DOW-UAP-D49, Launch Summary, Vandenberg AFB, 2000
Agency: Department of War
Incident date: 2/3/00
Page 29
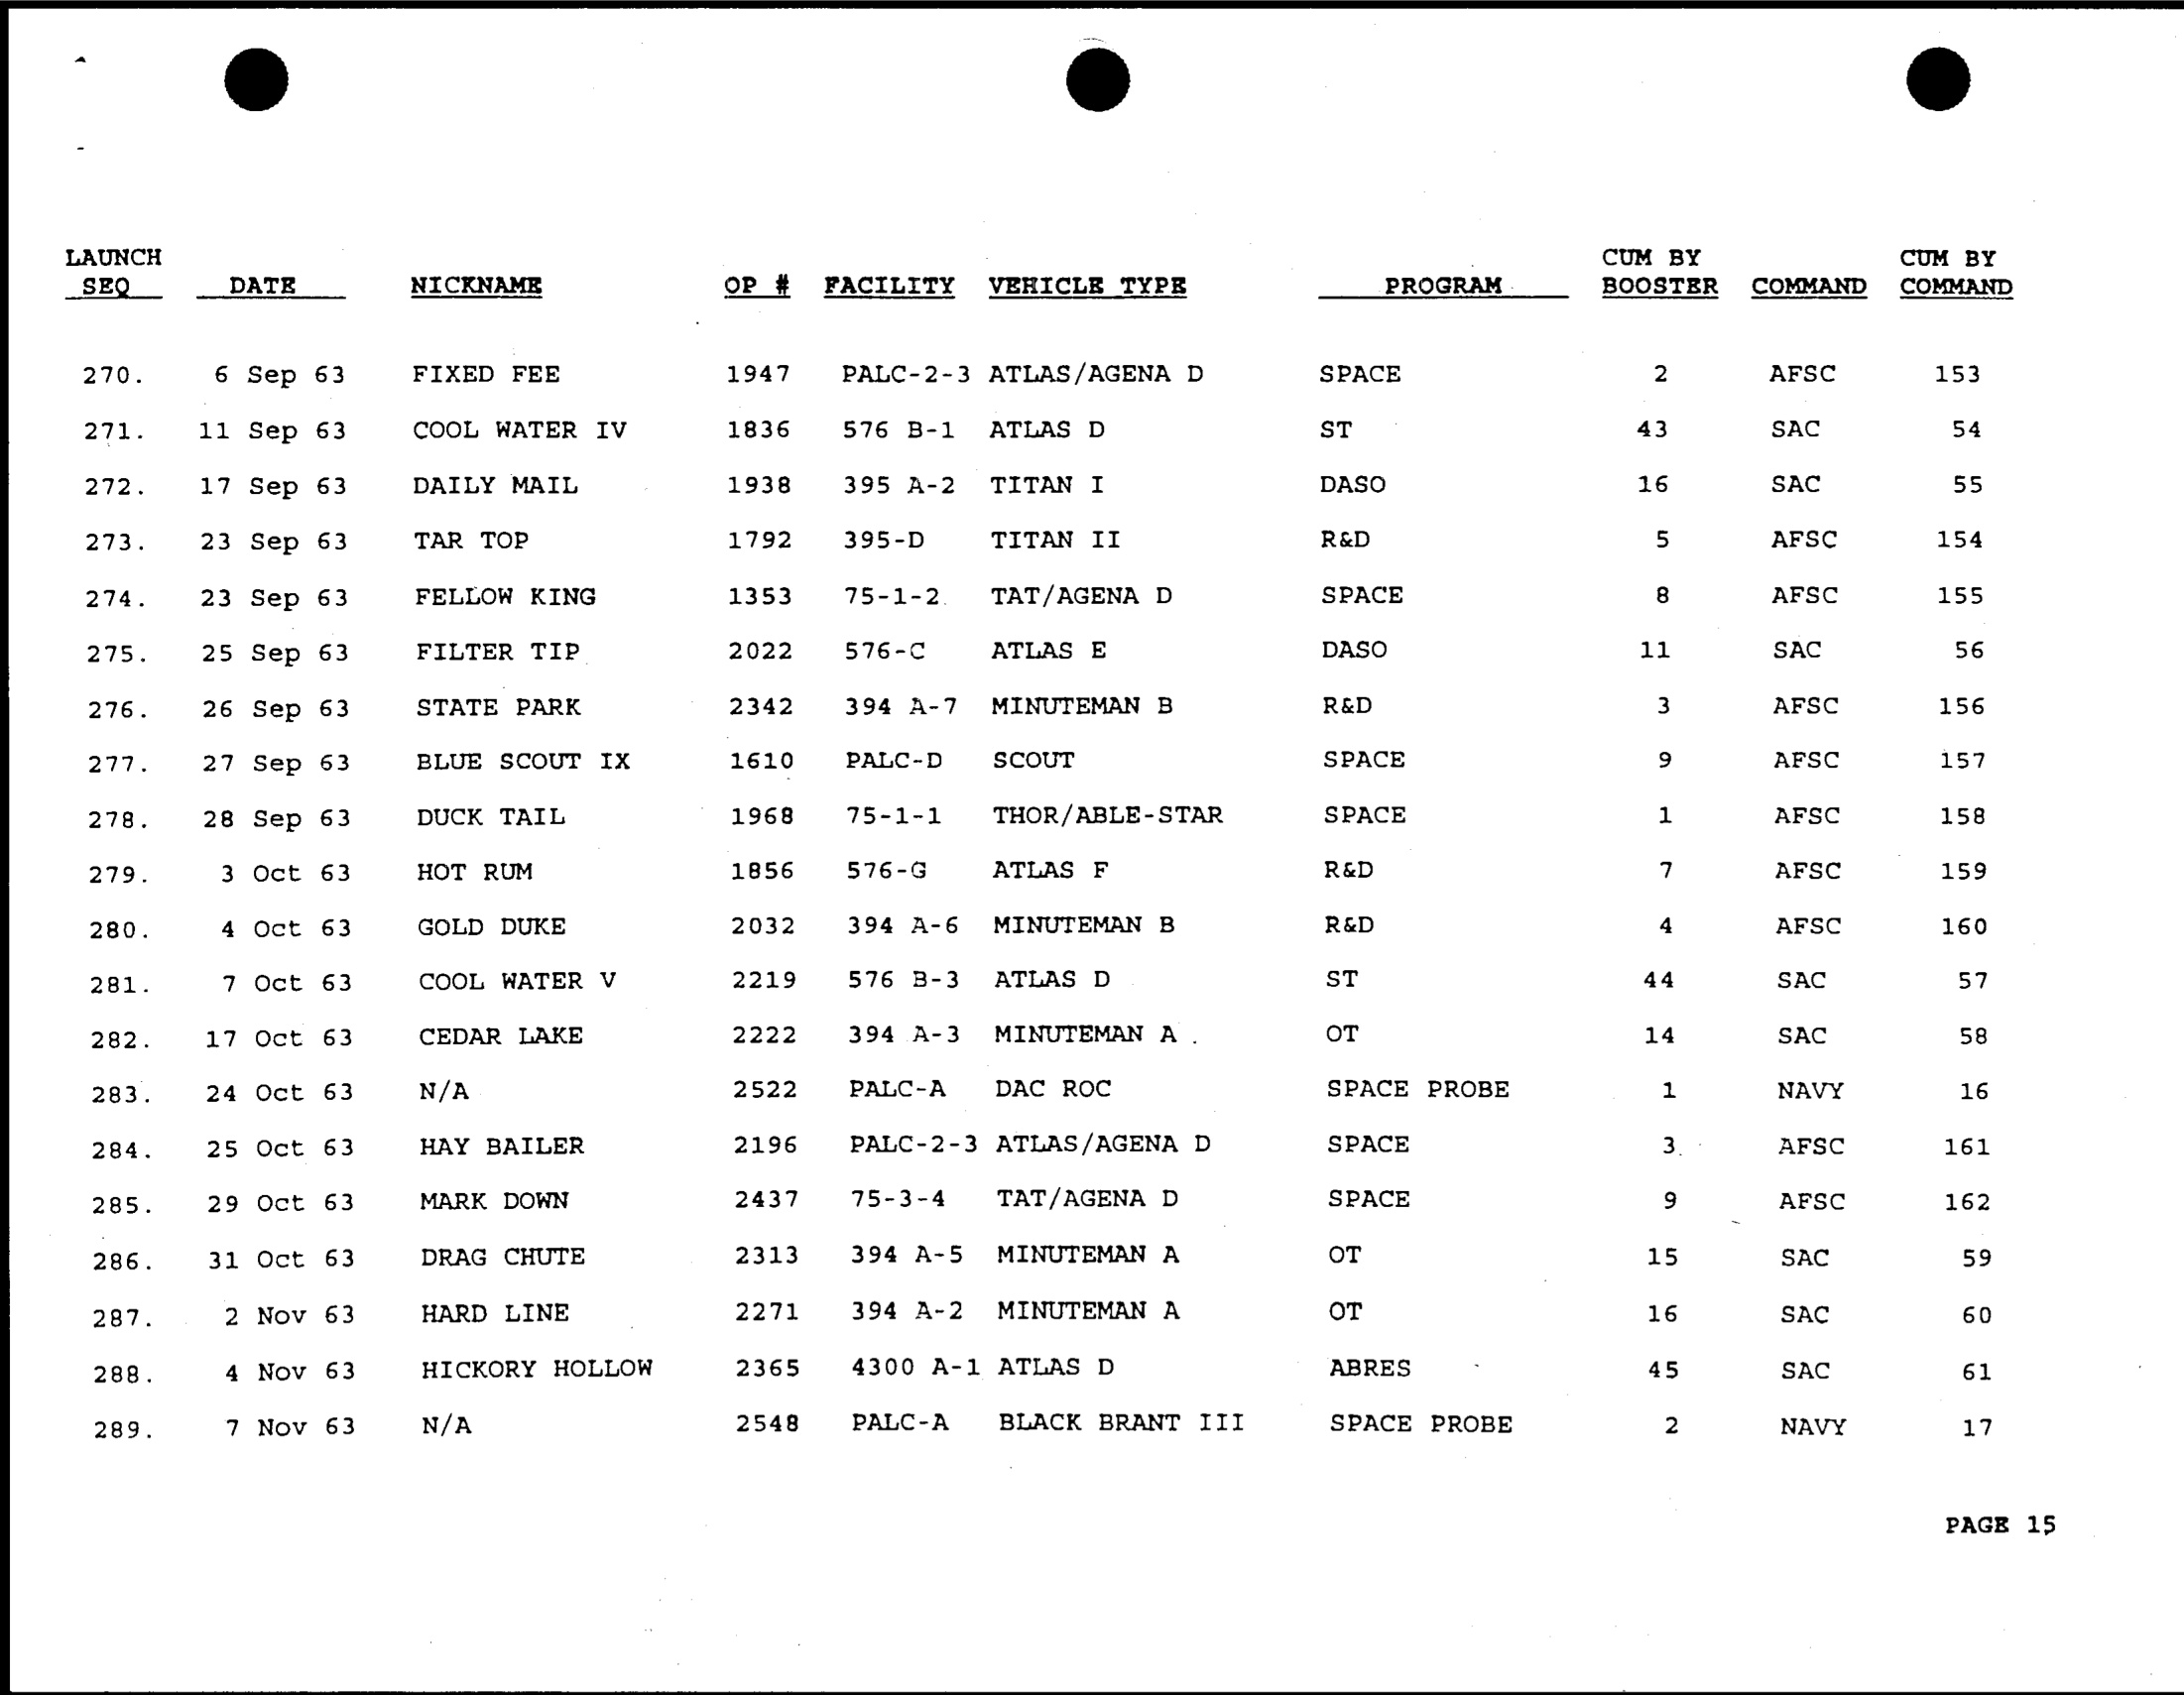